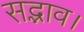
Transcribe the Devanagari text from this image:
सद्भाव।